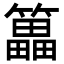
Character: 䉪